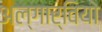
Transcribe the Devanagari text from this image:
अल्गार्वियो